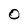
Character: O